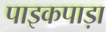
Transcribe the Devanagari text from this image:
पाइकपाड़ा